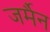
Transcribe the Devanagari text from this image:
जर्मैन